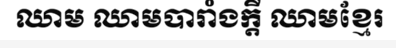
ឈាម ឈាមបារាំងក្តី ឈាមខ្មែរ